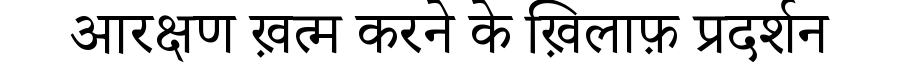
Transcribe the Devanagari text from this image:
आरक्षण ख़त्म करने के ख़िलाफ़ प्रदर्शन